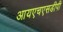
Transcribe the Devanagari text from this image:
आयएचएसडीपी